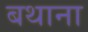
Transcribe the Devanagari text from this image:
बथाना